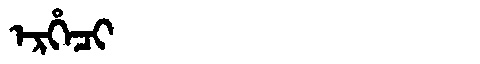
Manchu: ᡝᡵᡥᡝᠴᡳ
Romanization: ERHECI